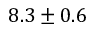
8 . 3 \pm 0 . 6